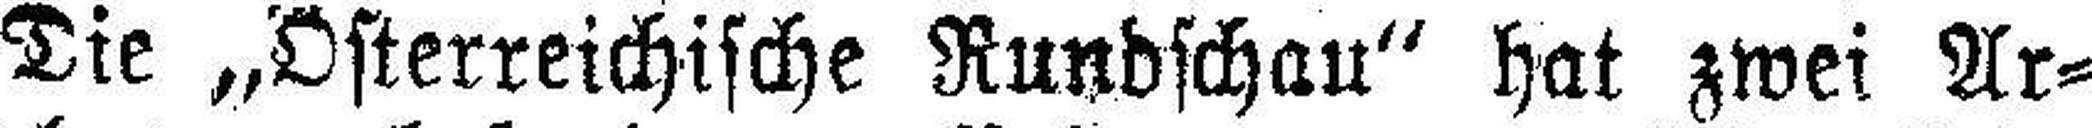
Die „Österreichische Rundschau“ hat zwei Ar¬